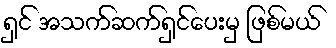
ရှင် အသက်ဆက်ရှင်ပေးမှ ဖြစ်မယ်